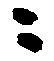
ニ